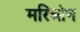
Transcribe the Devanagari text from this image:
मरिओन